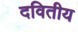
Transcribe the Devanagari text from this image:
दवितीय